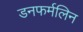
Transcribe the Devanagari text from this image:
डनफर्मलिन